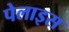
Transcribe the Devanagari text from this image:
पेलाइस